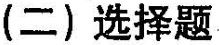
(二)选择题